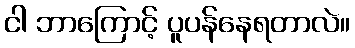
ငါ ဘာကြောင့် ပူပန်နေရတာလဲ။